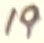
Text: 19